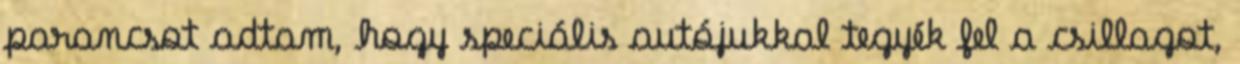
parancsot adtam, hogy speciális autójukkal tegyék fel a csillagot,